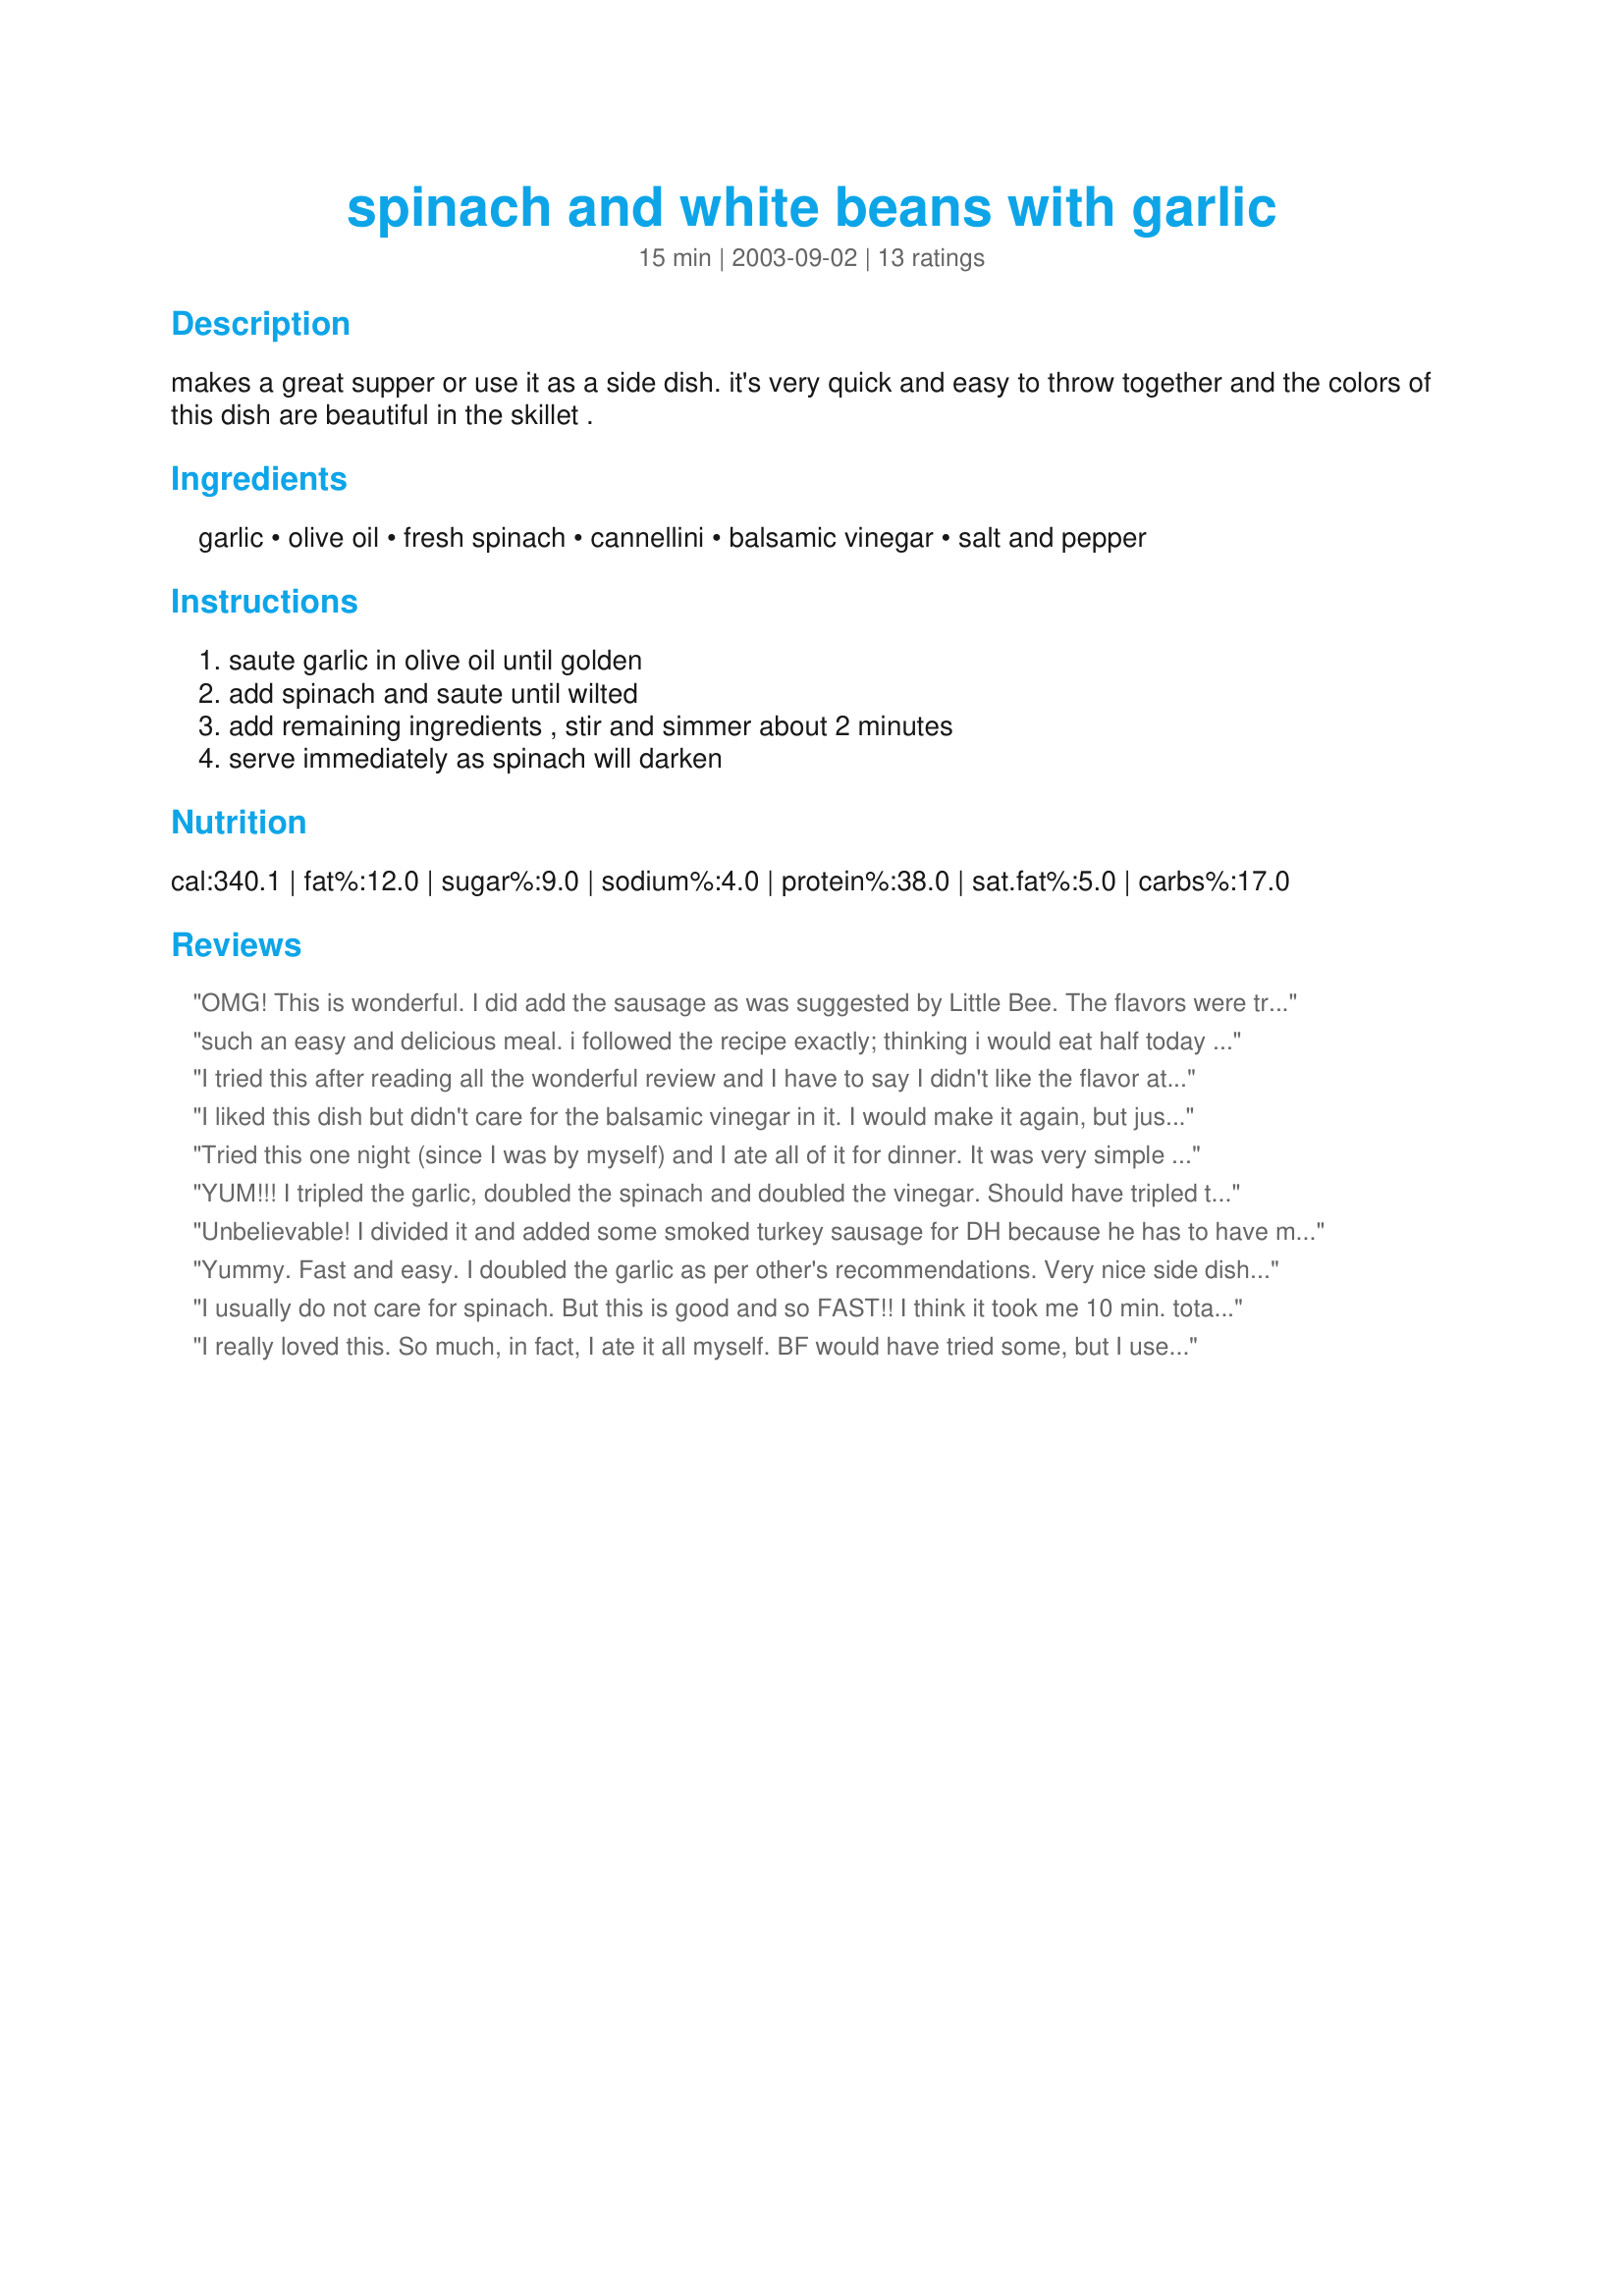
spinach and white beans with garlic
Preparation time: 15 minutes

makes a great supper or use it as a side dish. it's very quick and easy to throw together and the colors of this dish are beautiful in the skillet .

Ingredients:
garlic, olive oil, fresh spinach, cannellini, balsamic vinegar, salt and pepper

Steps:
saute garlic in olive oil until golden, add spinach and saute until wilted, add remaining ingredients , stir and simmer about 2 minutes, serve immediately as spinach will darken

Reviews:
OMG! This is wonderful. I did add the sausage as was suggested by Little Bee. The flavors were tremendous. Except for the sausage I left it the same and the balsamic vinegar added the final touch. This will be a favorite. Carole in Orlando
such an easy and delicious meal. i followed the recipe exactly; thinking i would eat half today and the other half tomorrow. i ended up eating the entire thing today. the flavors are light and blend together so very well. healthy too. thanks for the great recipe.
I tried this after reading all the wonderful review and I have to say I didn't like the flavor at all. My husband liked the garlic and spinach part, but not the beans - it was just an odd combo of foods I thought.
I liked this dish but didn't care for the balsamic vinegar in it. I would make it again, but just tweek it more to my tastes. Thanks for sharing a healthy recipe thoug. I'm sorry our tastes aren't the same.
Tried this one night (since I was by myself) and I ate all of it for dinner. It was very simple and good. Thanks for a keeper!!
YUM!!! I tripled the garlic, doubled the spinach and doubled the vinegar. Should have tripled the vinegar! FAB tasting but needed additional seasoning, which we added to each plate in the form of vinegar, salt and pepper. I really loved this one! My 3 and 5 year olds LOVED the beans! Will definitely make again!
Unbelievable! I divided it and added some smoked turkey sausage for DH because he has to have meat but kept mine vegetarian. It was total comfort food! This will be one of our staple weeknight meals that we can both agree on! Thanks for the keeper! :)
Yummy. Fast and easy. I doubled the garlic as per other's recommendations. Very nice side dish. I can see how sausage or kielbasa would be good in this as well. Thank you.
I usually do not care for spinach. But this is good and so FAST!! I think it took me 10 min. total. 

YUMMY
I really loved this. So much, in fact, I ate it all myself. BF would have tried some, but I used home-cooked beans and he said they tasted "grainy" (he's a bean-snob). The creaminess of the cannellini beans paired wonderfully with the bite of the garlic and the tangy-sweet balsamic. The spinach was the best part so be sure you use enough- it cooks down so much. I added some extra balsamic as I love the stuff and next time I would add another clove or two of garlic. Thanks for posting! It was a great side dish for our pasta (with homemade organic heirloom tomato sauce! mmmmm!!)
Excellent! The spinach adds a wonderful fresh taste and color that combines perfectly with the oil, garlic and cannelini beans. The balsamic vinegar is the magic touch that add it's rich sweet sour flavor. I made this an hour ahead of time with 2 garlic cloves, served it at room temperature, adding the vinegar just before serving.
Yum! I used double the garlic and balsamic and it turned out fantastic.
This is fast and delicious! Thanks!
